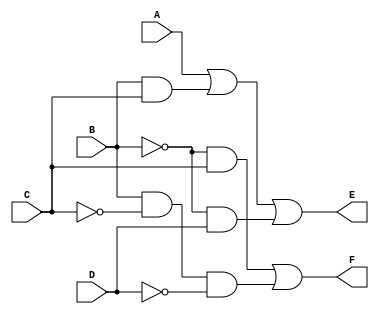
// Verilog model: Circuit with boolean expressions
module example_3_4(E, F, A, B, C, D);
   
   output E, F;
   input A, B, C, D;

   assign E = A || (B && C) || ((!B) && D);
   assign F = ((!B) && C) ||  (B && (!C) && (!D));


endmodule